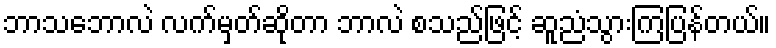
ဘာသဘောလဲ လက်မှတ်ဆိုတာ ဘာလဲ စသည်ဖြင့် ဆူညံသွားကြပြန်တယ်။